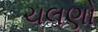
ચલણો